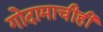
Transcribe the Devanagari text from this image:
गोदामाचीही